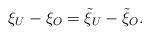
LaTeX: \begin{align*}\xi_U-\xi_O=\Tilde{\xi}_U-\Tilde{\xi}_O.\end{align*}